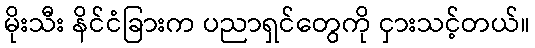
မိုးသီး နိင်ငံခြားက ပညာရှင်တွေကို ငှားသင့်တယ်။